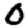
Digit: 0